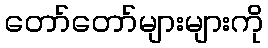
တော်တော်များများကို